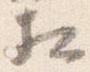
相